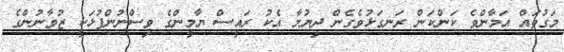
މަގުތައް އަމާންވެ ކަންކަން ރަނގަޅުވެގެން ދިޔުމާ އެކު ރައީސް ޔާމީންގެ ވިސްނުންފުޅަކީ ޒުވާނުންގެ